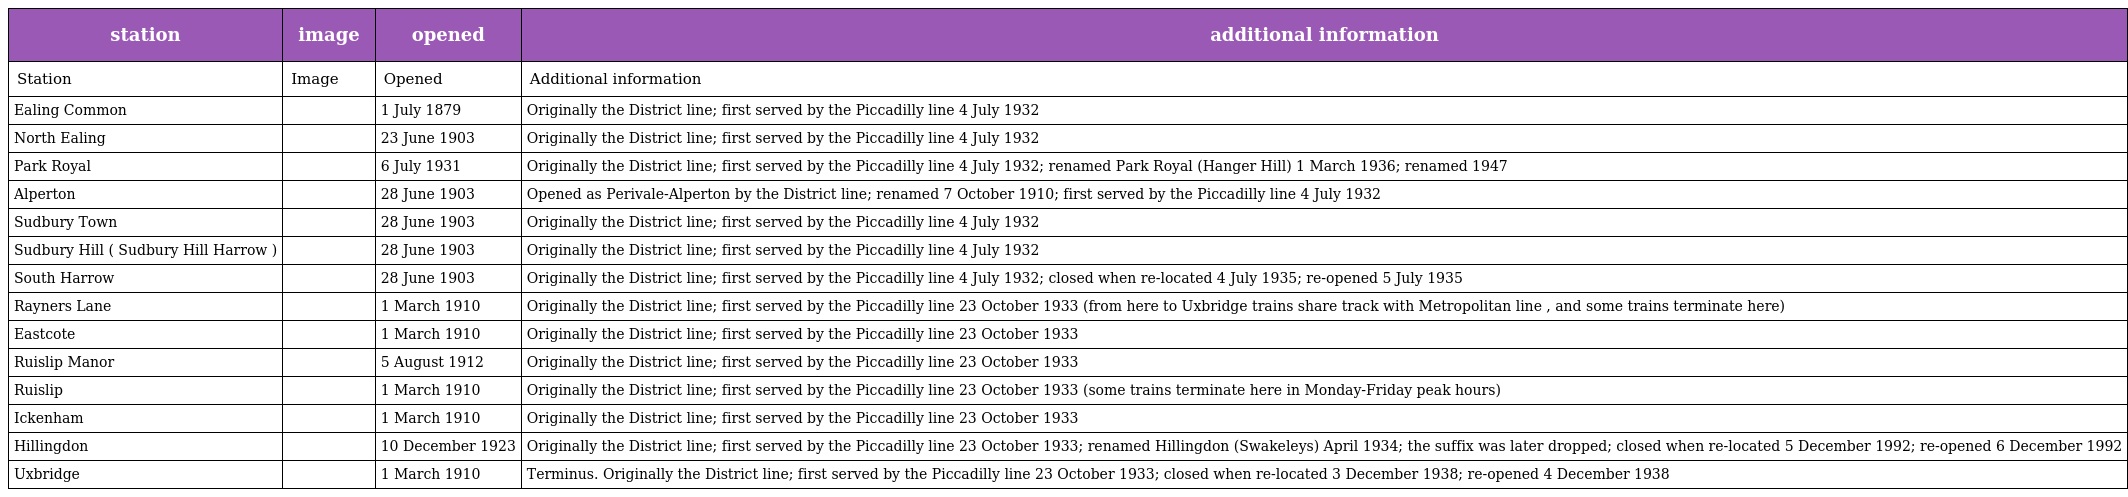
| station | image | opened | additional information |
 | --- | --- | --- | --- |
 | Station | Image | Opened | Additional information |
 | Ealing Common |  | 1 July 1879 | Originally the District line; first served by the Piccadilly line 4 July 1932 |
 | North Ealing |  | 23 June 1903 | Originally the District line; first served by the Piccadilly line 4 July 1932 |
 | Park Royal |  | 6 July 1931 | Originally the District line; first served by the Piccadilly line 4 July 1932; renamed Park Royal (Hanger Hill) 1 March 1936; renamed 1947 |
 | Alperton |  | 28 June 1903 | Opened as Perivale-Alperton by the District line; renamed 7 October 1910; first served by the Piccadilly line 4 July 1932 |
 | Sudbury Town |  | 28 June 1903 | Originally the District line; first served by the Piccadilly line 4 July 1932 |
 | Sudbury Hill ( Sudbury Hill Harrow ) |  | 28 June 1903 | Originally the District line; first served by the Piccadilly line 4 July 1932 |
 | South Harrow |  | 28 June 1903 | Originally the District line; first served by the Piccadilly line 4 July 1932; closed when re-located 4 July 1935; re-opened 5 July 1935 |
 | Rayners Lane |  | 1 March 1910 | Originally the District line; first served by the Piccadilly line 23 October 1933 (from here to Uxbridge trains share track with Metropolitan line , and some trains terminate here) |
 | Eastcote |  | 1 March 1910 | Originally the District line; first served by the Piccadilly line 23 October 1933 |
 | Ruislip Manor |  | 5 August 1912 | Originally the District line; first served by the Piccadilly line 23 October 1933 |
 | Ruislip |  | 1 March 1910 | Originally the District line; first served by the Piccadilly line 23 October 1933 (some trains terminate here in Monday-Friday peak hours) |
 | Ickenham |  | 1 March 1910 | Originally the District line; first served by the Piccadilly line 23 October 1933 |
 | Hillingdon |  | 10 December 1923 | Originally the District line; first served by the Piccadilly line 23 October 1933; renamed Hillingdon (Swakeleys) April 1934; the suffix was later dropped; closed when re-located 5 December 1992; re-opened 6 December 1992 |
 | Uxbridge |  | 1 March 1910 | Terminus. Originally the District line; first served by the Piccadilly line 23 October 1933; closed when re-located 3 December 1938; re-opened 4 December 1938 |